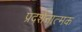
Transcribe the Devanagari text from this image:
प्रदर्शनात्‍मक